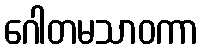
ဂေါတမသာဝကာ